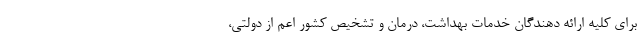
برای کلیه ارائه دهندگان خدمات بهداشت، درمان و تشخیص کشور اعم از دولتی،